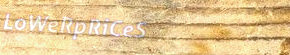
LoWeRpRiCeS